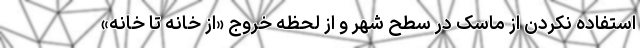
استفاده نکردن از ماسک در سطح شهر و از لحظه خروج «از خانه تا خانه»